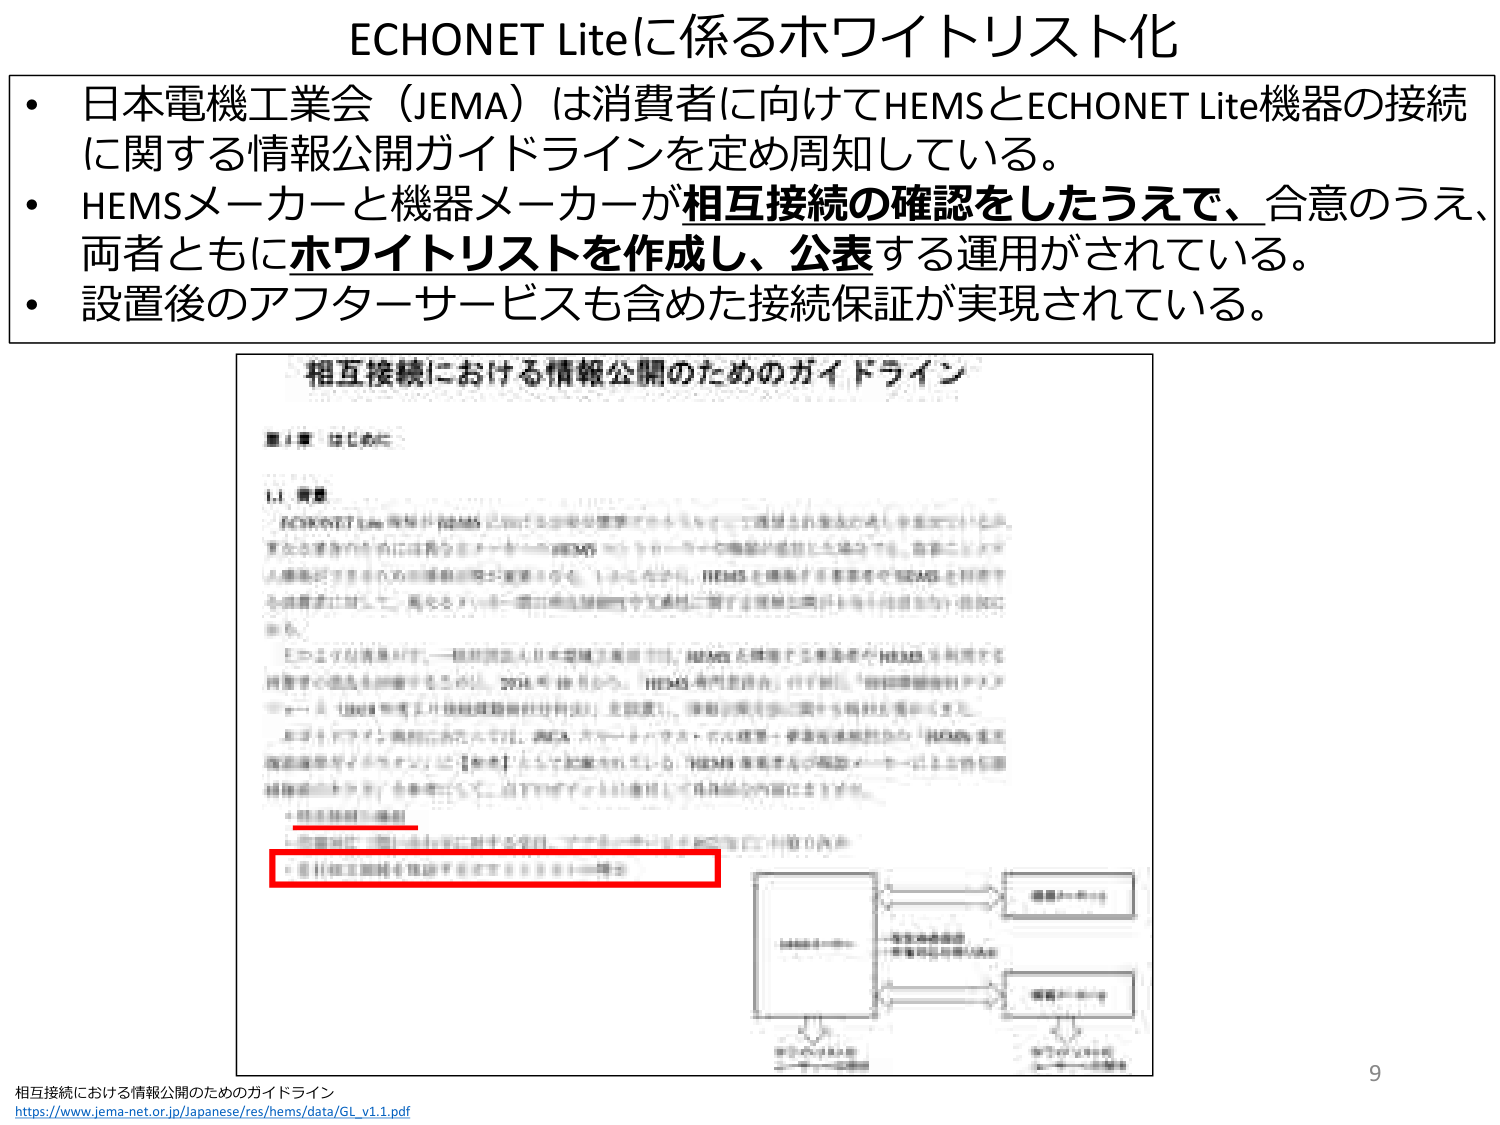
ECHONET Liteに係るホワイトリスト化

・日本電機工業会（JEMA）は消費者に向けてHEMSとECHONET Lite機器の接続に関する情報公開ガイドラインを定め周知している。
・HEMSメーカーと機器メーカーが相互接続の確認をしたうえで、合意のうえ、両者ともにホワイトリストを作成し、公表する運用がされている。
・設置後のアフターサービスも含めた接続保証が実現されている。

相互接続における情報公開のためのガイドライン

第1章 はじめに

1.1 背景
ECHONET Lite 機器が HEMS に接続される際の接続保証を実現するため、日本電機工業会（JEMA）は、HEMSメーカーと機器メーカーが相互接続の確認をしたうえで、合意のうえ、両者ともにホワイトリストを作成し、公表する運用を推奨している。この運用により、消費者に対して、HEMSとECHONET Lite機器の接続保証が実現される。

このように、日本電機工業会（JEMA）は、HEMSとECHONET Lite機器の接続に関する情報公開ガイドラインを定め、周知している。2004年10月から、HEMSメーカーと機器メーカーが相互接続の確認をしたうえで、合意のうえ、両者ともにホワイトリストを作成し、公表する運用が開始された。

本ガイドラインは、HEMSメーカーと機器メーカーが相互接続の確認をしたうえで、合意のうえ、両者ともにホワイトリストを作成し、公表する運用を推奨している。また、HEMSメーカーと機器メーカーが相互接続の確認をしたうえで、合意のうえ、両者ともにホワイトリストを作成し、公表する運用により、消費者に対して、HEMSとECHONET Lite機器の接続保証が実現される。

※相互接続の確認をしたうえで、合意のうえ、両者ともにホワイトリストを作成し、公表する運用

（図：HEMSメーカーと機器メーカーの相互接続の確認とホワイトリストの作成・公表）

相互接続における情報公開のためのガイドライン
https://www.jema-net.or.jp/japanese/res/hems/data/GL_v1.1.pdf

9